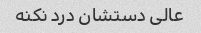
عالی دستشان درد نکنه